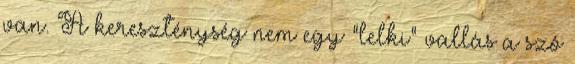
van. A kereszténység nem egy "lelki" vallás a szó